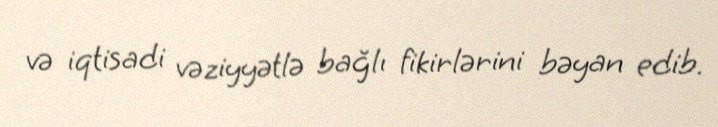
və iqtisadi vəziyyətlə bağlı fikirlərini bəyan edib.